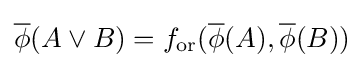
{\overline {\phi }}(A\lor B)=f_{\text{or}}({\overline {\phi }}(A),{\overline {\phi }}(B))